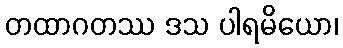
တထာဂတဿ ဒသ ပါရမိယော၊